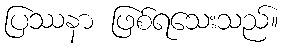
ပြဿနာ ဖြစ်ရသေးသည်။